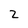
Character: Z